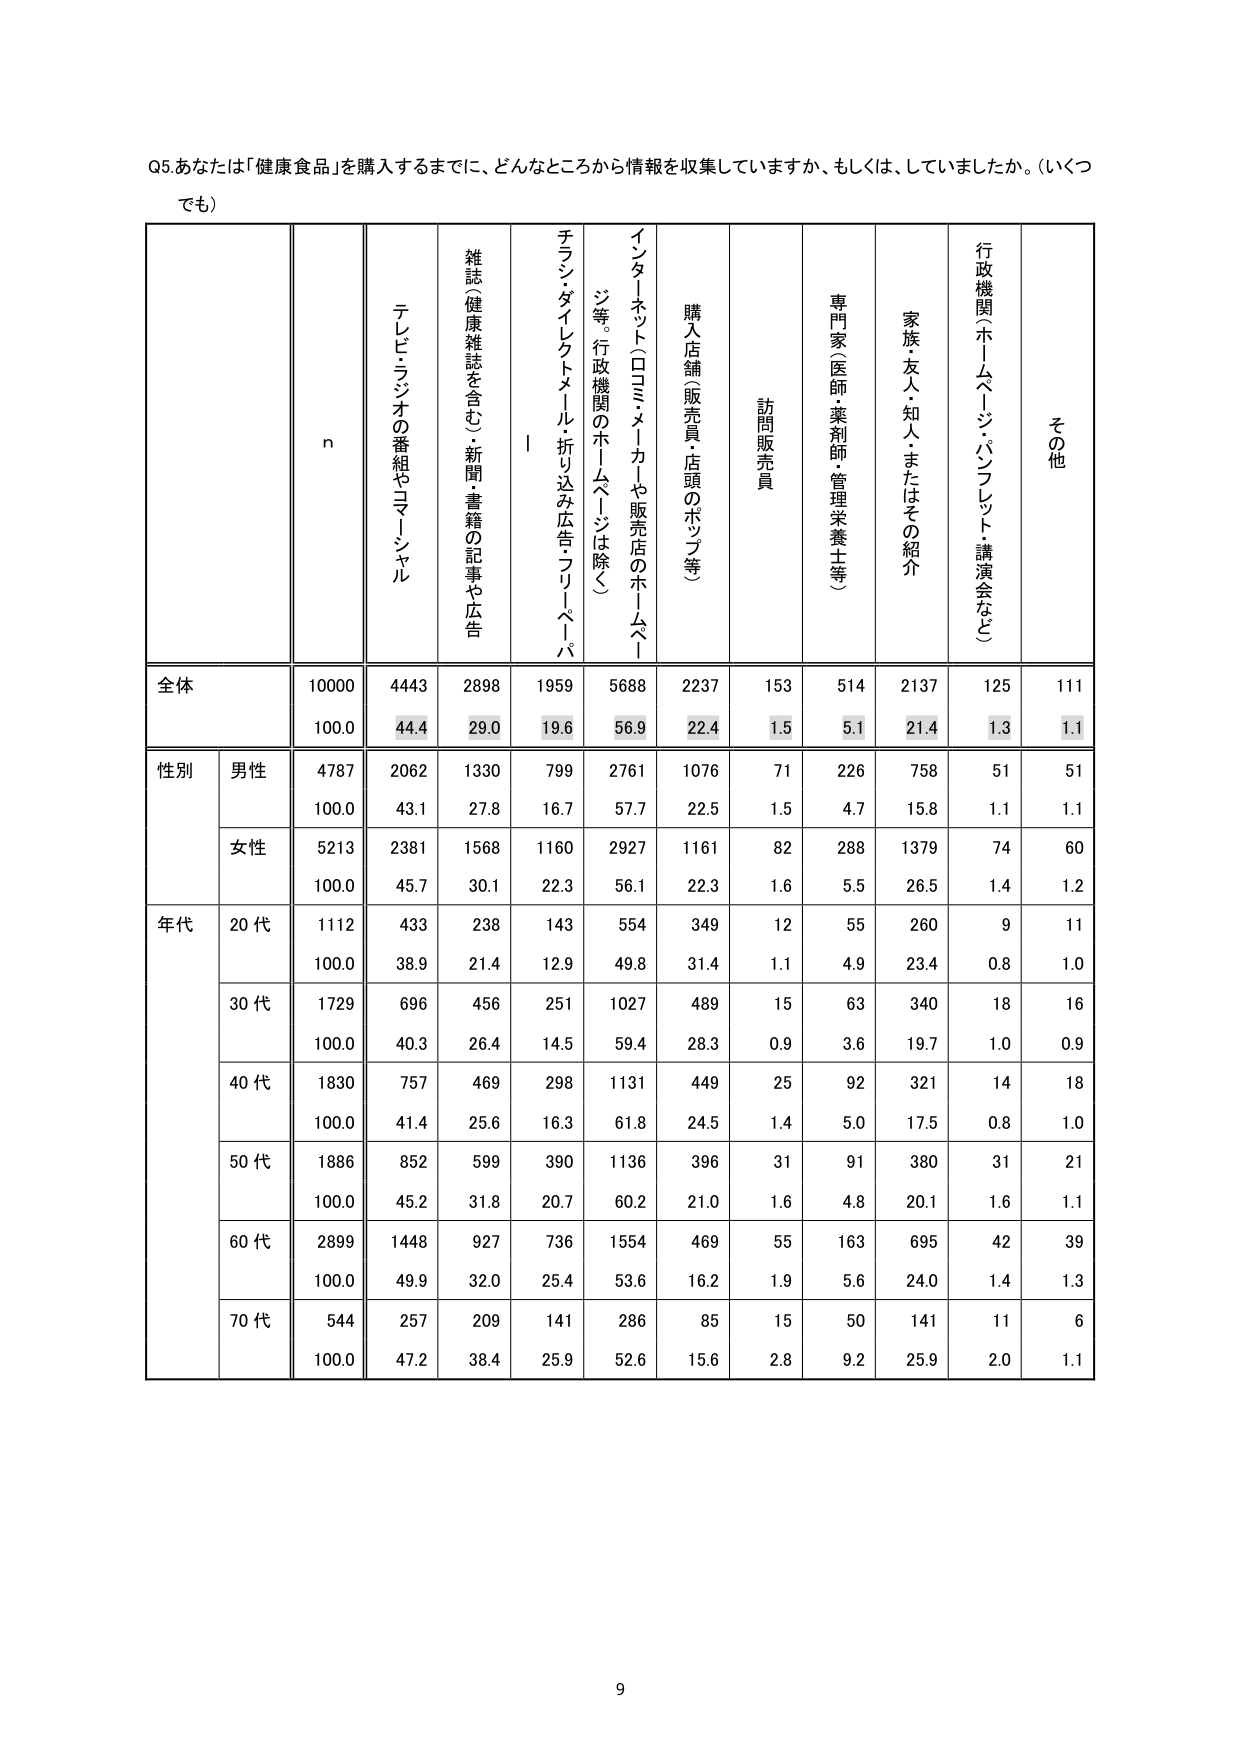
Q5.あなたは「健康食品」を購入するまでに、どんなところから情報を収集していますか、もしくは、していましたか。（いくつでも）

n
テレビ・ラジオの番組やコマーシャル
雑誌（健康雑誌を含む）・新聞・書籍の記事や広告
チラシ・ダイレクトメール・折り込み広告・フリーペーパー
インターネット（ロミ・メーカー・販売店のホームページ等。行政機関のホームページは除く）
購入店舗（販売員・店頭のポップ等）
訪問販売員
専門家（医師・薬剤師・管理栄養士等）
家族・友人・知人・またはその紹介
行政機関（ホームページ・パンフレット・講演会など）
その他

全体
10000
4443
2898
1959
5688
2237
153
514
2137
125
111
100.0
44.4
29.0
19.6
56.9
22.4
1.5
5.1
21.4
1.3
1.1

性別
男性
4787
2062
1330
799
2761
1076
71
226
758
51
51
100.0
43.1
27.8
16.7
57.7
22.5
1.5
4.7
15.8
1.1
1.1
女性
5213
2381
1568
1160
2927
1161
82
288
1379
74
60
100.0
45.7
30.1
22.3
56.1
22.3
1.6
5.5
26.5
1.4
1.2

年代
20代
1112
433
238
143
554
349
12
55
260
9
11
100.0
38.9
21.4
12.9
49.8
31.4
1.1
4.9
23.4
0.8
1.0
30代
1729
696
456
251
1027
489
15
63
340
18
16
100.0
40.3
26.4
14.5
59.4
28.3
0.9
3.6
19.7
1.0
0.9
40代
1830
757
469
298
1131
449
25
92
321
14
18
100.0
41.4
25.6
16.3
61.8
24.5
1.4
5.0
17.5
0.8
1.0
50代
1886
852
599
390
1136
396
31
91
380
31
21
100.0
45.2
31.8
20.7
60.2
21.0
1.6
4.8
20.1
1.6
1.1
60代
2899
1448
927
736
1554
469
55
163
695
42
39
100.0
49.9
32.0
25.4
53.6
16.2
1.9
5.6
24.0
1.4
1.3
70代
544
257
209
141
286
85
15
50
141
11
6
100.0
47.2
38.4
25.9
52.6
15.6
2.8
9.2
25.9
2.0
1.1

9